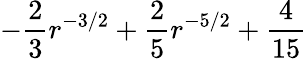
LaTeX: -\frac{2}{3}r^{-3/2}+\frac{2}{5}r^{-5/2}+\frac{4}{15}